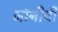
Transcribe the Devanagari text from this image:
जॉनीची